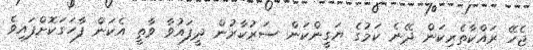
ޖެހޭ ރައްކާތެރިކަން ދޭނެ ކަމުގެ ޔަގީންކަން ސަރުކާރުން ދީފައުވާ ވާތީ އެކަން ފާހަގަކޮށްފައިވެ